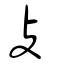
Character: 攴